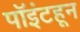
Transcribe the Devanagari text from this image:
पॉइंटहून